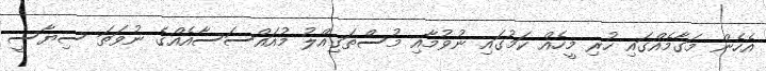
އެހެން މަގާމެއްގައި ހުރި މީހެއް ކަމުގައި ނުވުމާއި މުސްތަގިއްލު މުއައްސަސާއެއްގެ ނުވަތަ ސިޔާސީ